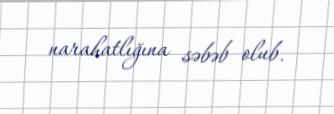
narahatlığına səbəb olub.